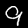
Digit: 9